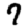
Digit: 7